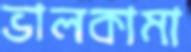
ভালকামা